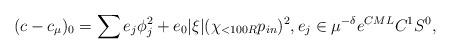
LaTeX: \begin{align*}(c - c_\mu)_0 = \sum e_j \phi_j^2 + e_0 |\xi| (\chi_{<100R} p_{in})^2, e_j \in \mu^{-\delta} e^{CML} C^1S^0,\end{align*}